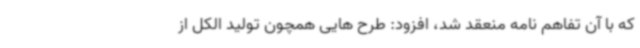
که با آن تفاهم نامه منعقد شد، افزود: طرح هایی همچون تولید الکل از